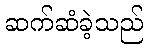
ဆက်ဆံခဲ့သည်